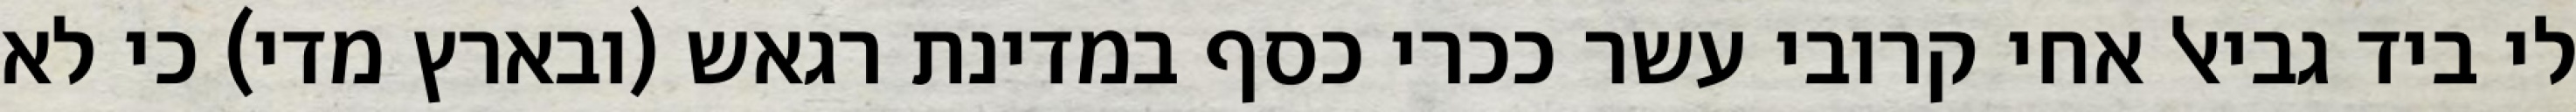
לי ביד גביאל אחי קרובי עשר ככרי כסף במדינת רגאש (ובארץ מדי) כי לא